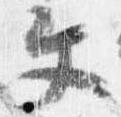
文